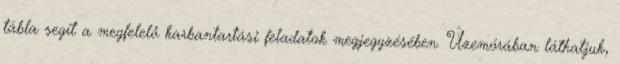
tábla segít a megfelelő karbantartási feladatok megjegyzésében. Üzemórában láthatjuk,